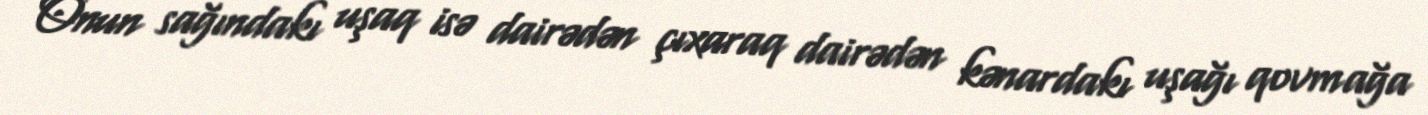
Onun sağındakı uşaq isə dairədən çıxaraq dairədən kənardakı uşağı qovmağa